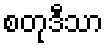
စတုဒီသာ